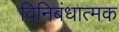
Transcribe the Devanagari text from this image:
विनिबंधात्मक